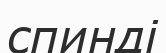
спинді